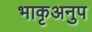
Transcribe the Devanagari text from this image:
भाकृअनुप